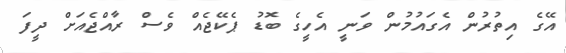
އޭގެ އިތުރުން އެގައުމުން ވަނީ އެހީގެ ބޮޑު ޕެކޭޖެއް ވެސް ރާއްޖެއަށް ދީފަ